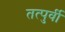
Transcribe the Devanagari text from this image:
तत्‍पुर्वी